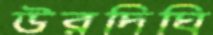
উরদিঘি